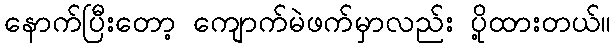
နောက်ပြီးတော့ ကျောက်မဲဖက်မှာလည်း ပို့ထားတယ်။